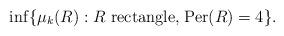
LaTeX: \begin{align*}\inf\{\mu_k (R) : R \mbox{ rectangle,} \; \textup{Per} (R)=4\}.\end{align*}